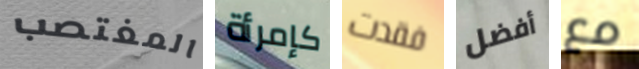
المغتصب كإمرأة فقدت أفضل مع